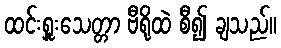
ထင်းရှူးသေတ္တာ ဗီရိုထဲ စီ၍ ချသည်။